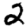
Digit: 2